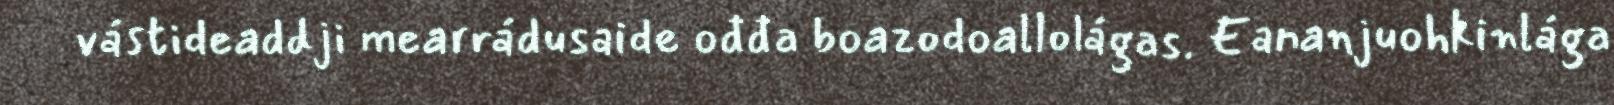
vástideaddji mearrádusaide ođđa boazodoallolágas. Eananjuohkinlága